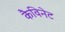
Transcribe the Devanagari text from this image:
कैविनेट